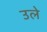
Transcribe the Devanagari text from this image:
उले